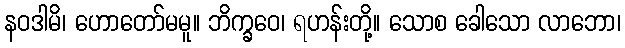
နဝဒါမိ၊ ဟောတော်မမူ။ ဘိက္ခဝေ၊ ရဟန်းတို့။ သောစ ခေါသော လာဘော၊